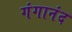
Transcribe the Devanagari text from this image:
गंगानंद